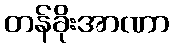
တန်ခိုးအာဏာ